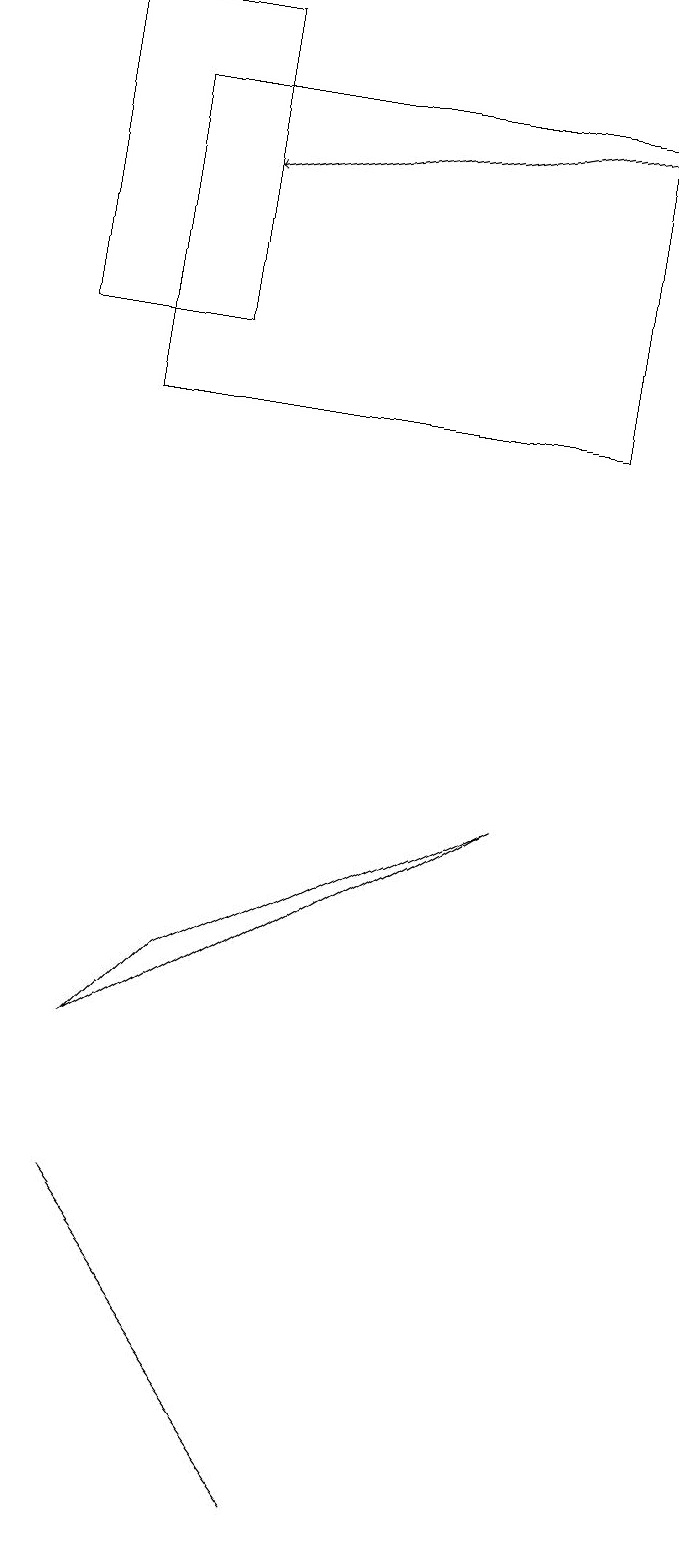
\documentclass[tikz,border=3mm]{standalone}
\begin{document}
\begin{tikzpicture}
\draw (5,0) -- (5,0) -- (2,4) -- cycle;
\draw (7,9) -- (2,6) -- (3,7) -- cycle;
\draw (1,15) rectangle (3,19);
\draw[->] (9,18) -- (3,17);
\draw (2,18) rectangle (8,14);
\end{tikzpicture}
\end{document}